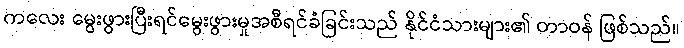
ကလေး မွေးဖွားပြီးရင်မွေးဖွားမှုအစီရင်ခံခြင်းသည် နိုင်ငံသားများ၏ တာဝန် ဖြစ်သည်။